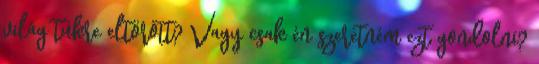
világ tükre eltörött? Vagy csak én szeretném ezt gondolni?